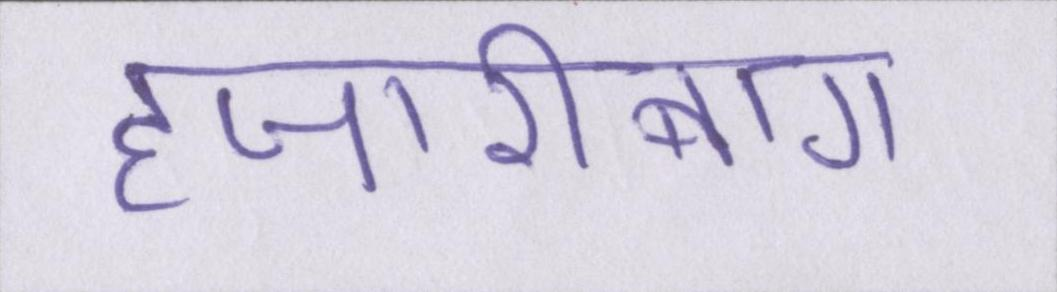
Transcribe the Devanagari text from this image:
हजारीबाग